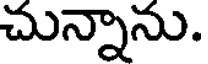
చున్నాను.